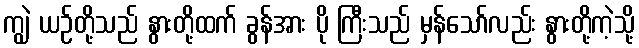
ကျွဲ ယဉ်တို့သည် နွားတို့ထက် ခွန်အား ပို ကြီးသည် မှန်သော်လည်း နွားတို့ကဲ့သို့